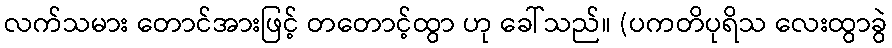
လက်သမား တောင်အားဖြင့် တတောင့်ထွာ ဟု ခေါ်သည်။ (ပကတိပုရိသ လေးထွာခွဲ